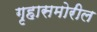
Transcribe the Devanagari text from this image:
गृहासमोरील